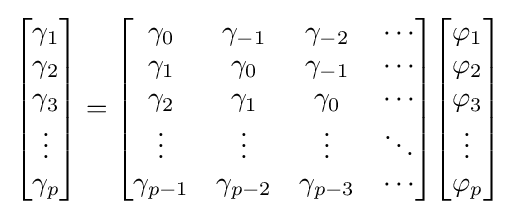
{\begin{bmatrix}\gamma _{1}\\\gamma _{2}\\\gamma _{3}\\\vdots \\\gamma _{p}\\\end{bmatrix}}={\begin{bmatrix}\gamma _{0}&\gamma _{-1}&\gamma _{-2}&\cdots \\\gamma _{1}&\gamma _{0}&\gamma _{-1}&\cdots \\\gamma _{2}&\gamma _{1}&\gamma _{0}&\cdots \\\vdots &\vdots &\vdots &\ddots \\\gamma _{p-1}&\gamma _{p-2}&\gamma _{p-3}&\cdots \\\end{bmatrix}}{\begin{bmatrix}\varphi _{1}\\\varphi _{2}\\\varphi _{3}\\\vdots \\\varphi _{p}\\\end{bmatrix}}